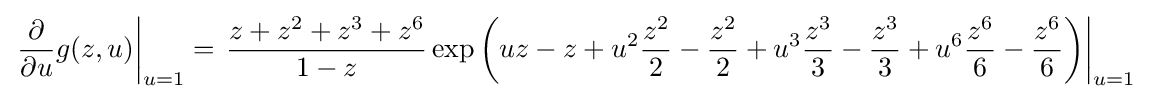
\left.{\frac {\partial }{\partial u}}g(z,u)\right|_{u=1}=\left.{\frac {z+z^{2}+z^{3}+z^{6}}{1-z}}\exp \left(uz-z+u^{2}{\frac {z^{2}}{2}}-{\frac {z^{2}}{2}}+u^{3}{\frac {z^{3}}{3}}-{\frac {z^{3}}{3}}+u^{6}{\frac {z^{6}}{6}}-{\frac {z^{6}}{6}}\right)\right|_{u=1}